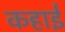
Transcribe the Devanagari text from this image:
कहाई